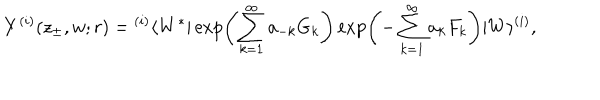
LaTeX: Y ^ { ( i ) } ( z _ { \pm } , w ; r ) = { } ^ { ( i ) } \langle W ^ { * } | \exp \left( \sum _ { k = 1 } ^ { \infty } a _ { - k } G _ { k } \right) \exp \left( - \sum _ { k = 1 } ^ { \infty } a _ { k } F _ { k } \right) | W \rangle ^ { ( i ) } ,